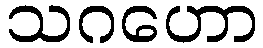
သဂဟော